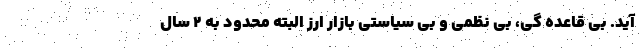
آید. بی قاعده گی، بی نظمی و بی سیاستی بازار ارز البته محدود به 2 سال